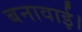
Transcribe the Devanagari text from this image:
बनावाई।